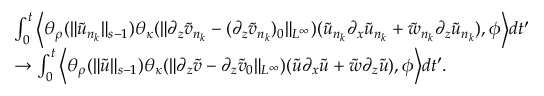
\begin{array} { r l } & { \int _ { 0 } ^ { t } \Big \langle \theta _ { \rho } ( \| \tilde { u } _ { n _ { k } } \| _ { s - 1 } ) \theta _ { \kappa } ( \| \partial _ { z } \tilde { v } _ { n _ { k } } - ( \partial _ { z } \tilde { v } _ { n _ { k } } ) _ { 0 } \| _ { L ^ { \infty } } ) ( \tilde { u } _ { n _ { k } } \partial _ { x } \tilde { u } _ { n _ { k } } + \tilde { w } _ { n _ { k } } \partial _ { z } \tilde { u } _ { n _ { k } } ) , \phi \Big \rangle d t ^ { \prime } } \\ & { \rightarrow \int _ { 0 } ^ { t } \Big \langle \theta _ { \rho } ( \| \tilde { u } \| _ { s - 1 } ) \theta _ { \kappa } ( \| \partial _ { z } \tilde { v } - \partial _ { z } \tilde { v } _ { 0 } \| _ { L ^ { \infty } } ) ( \tilde { u } \partial _ { x } \tilde { u } + \tilde { w } \partial _ { z } \tilde { u } ) , \phi \Big \rangle d t ^ { \prime } . } \end{array}